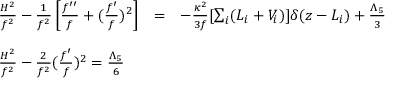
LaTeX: \begin{array} { l c c } { { \frac { H ^ { 2 } } { f ^ { 2 } } - \frac { 1 } { f ^ { 2 } } \left[ \frac { f ^ { \prime \prime } } { f } + ( \frac { f ^ { \prime } } { f } ) ^ { 2 } \right] } } & { { = } } & { { - \frac { \kappa ^ { 2 } } { 3 f } [ \sum _ { i } ( { \cal L } _ { i } + V _ { i } ) ] \delta ( z - L _ { i } ) + \frac { \Lambda _ { 5 } } { 3 } } } \\ { { } } & { { } } & { { } } \\ { { \frac { H ^ { 2 } } { f ^ { 2 } } - \frac { 2 } { f ^ { 2 } } ( \frac { f ^ { \prime } } { f } ) ^ { 2 } = \frac { \Lambda _ { 5 } } { 6 } } } \end{array}